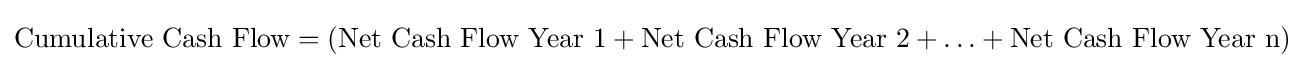
{\text{Cumulative Cash Flow}}=({\text{Net Cash Flow Year 1}}+{\text{Net Cash Flow Year 2}}+\ldots +{\text{Net Cash Flow Year n}})